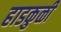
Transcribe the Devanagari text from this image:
हाडकुळी